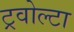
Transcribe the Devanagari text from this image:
ट्रवोल्टा